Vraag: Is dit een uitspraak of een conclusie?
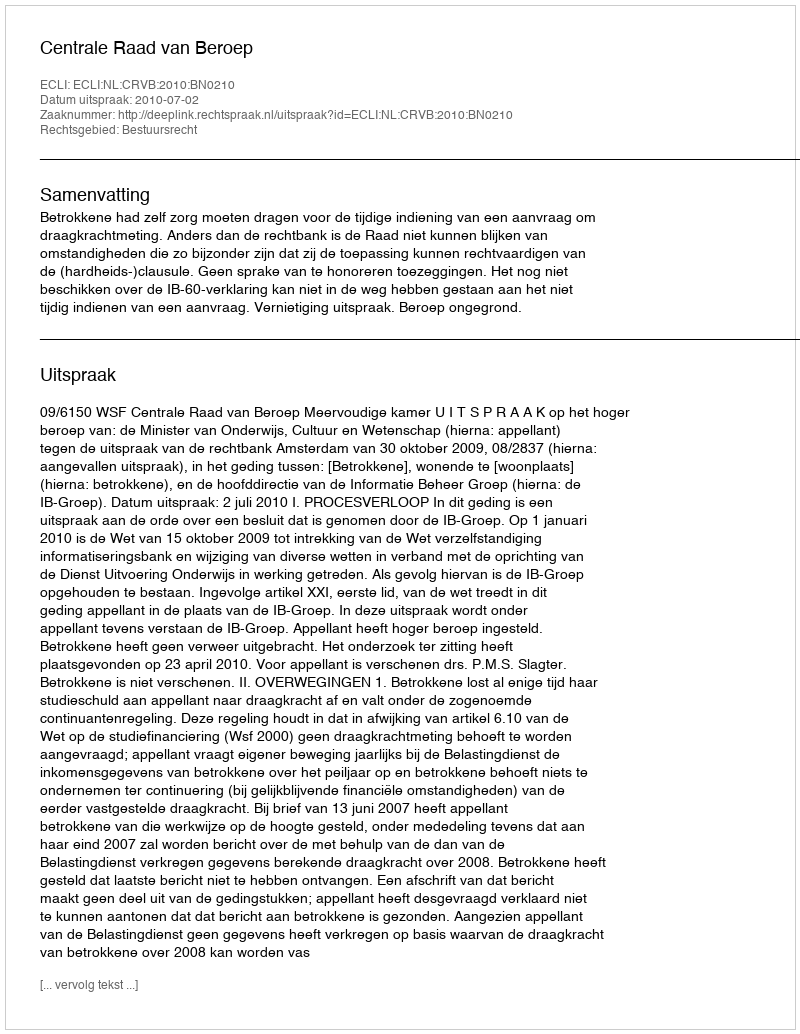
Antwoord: Uitspraak